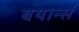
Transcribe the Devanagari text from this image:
बयार्न्स